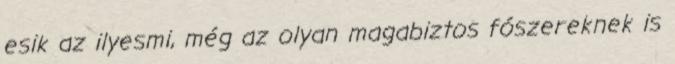
esik az ilyesmi, még az olyan magabiztos fószereknek is